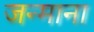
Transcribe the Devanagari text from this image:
जन्माना